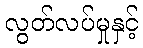
လွတ်လပ်မှုနှင့်